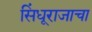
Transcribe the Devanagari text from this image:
सिंधूराजाचा